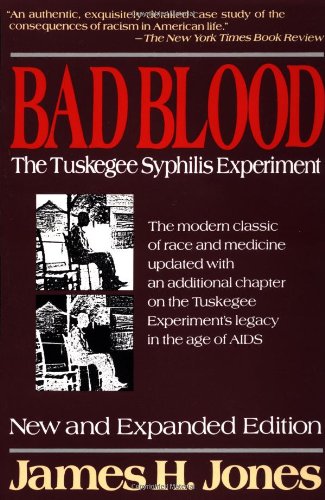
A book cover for Bad Blood: The Tuskegee Syphilis Experiment, New and Expanded Edition; James H. Jones; Medical Books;